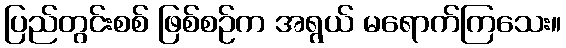
ပြည်တွင်းစစ် ဖြစ်စဉ်က အရွယ် မရောက်ကြသေး။